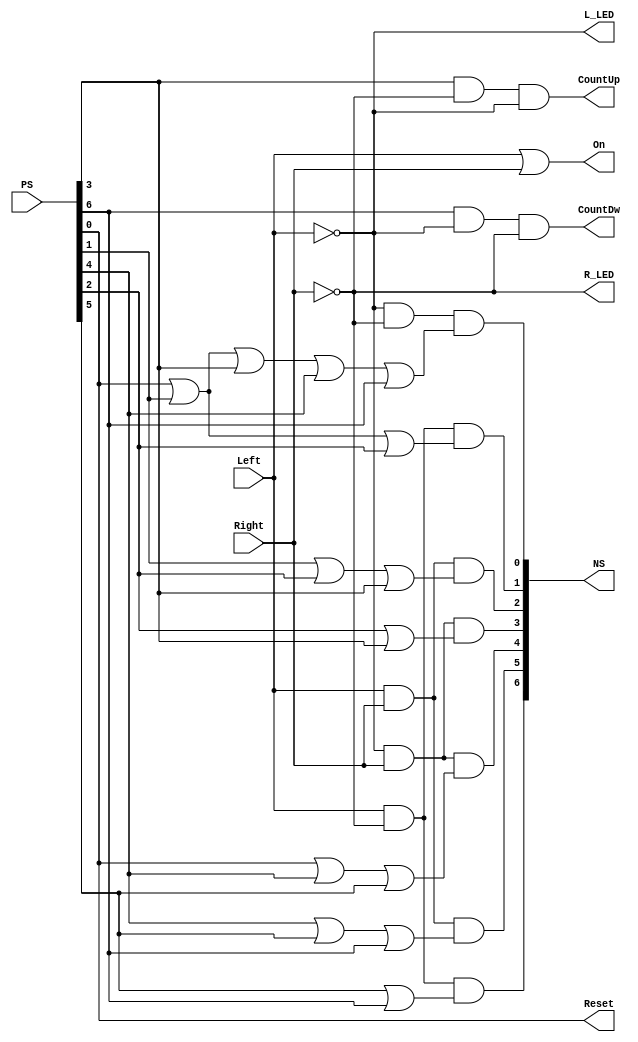
`timescale 1ns / 1ps
//////////////////////////////////////////////////////////////////////////////////
// Company: 
// Engineer: 
// 
// Design Name: 
// Module Name: Control_Logic
// Project Name: 
// Target Devices: 
// Tool Versions: 
// Description: 
// 
// Dependencies: 
// 
// Revision:
// Revision 0.01 - File Created
// Additional Comments:
// 
//////////////////////////////////////////////////////////////////////////////////


module Control_Logic(
    input Left, Right, 
    input [6:0] PS,
    output [6:0] NS,  
    output CountUp, CountDw, L_LED, R_LED, Reset, On 
    );
    
    wire IDLE, L, L_B, LR, R, R_B, RL;
    wire Next_IDLE, Next_L, Next_L_B, Next_LR, Next_R, Next_R_B, Next_RL;
    
    // Present State
    assign IDLE     = PS[0];
    assign L        = PS[1];
    assign L_B      = PS[2];
    assign LR       = PS[3];
    assign R        = PS[4];
    assign R_B      = PS[5];
    assign RL       = PS[6];
    
    // Next State
    assign NS[0] = Next_IDLE;
    assign NS[1] = Next_L;
    assign NS[2] = Next_L_B;
    assign NS[3] = Next_LR;
    assign NS[4] = Next_R;
    assign NS[5] = Next_R_B;
    assign NS[6] = Next_RL;

    //Enter Logic 
    assign Next_IDLE    = (~Left&~Right&(IDLE|L|LR|R|RL));  
    assign Next_L       = (Left&~Right&(IDLE|L|L_B));
    assign Next_L_B     = (Left&Right&(L|L_B|LR)); 
    assign Next_LR      = (~Left&Right&(L_B|LR));
    assign Next_R       = (~Left&Right&(IDLE|R|R_B));
    assign Next_R_B     = (Left&Right&(R|R_B|RL)); 
    assign Next_RL      = (Left&~Right&(R_B|RL));
    
    // Outputs
    assign Reset    = IDLE;
    assign CountUp  = LR&~Right&~Left;
    assign CountDw  = RL&~Left&~Right;
    assign L_LED    = ~Left;
    assign R_LED    = ~Right;
    assign On       = Left|Right;

endmodule